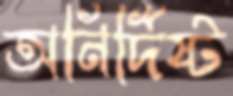
অনির্দিষ্ট